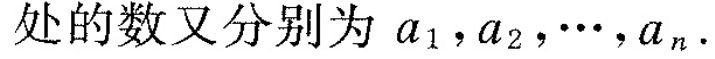
处的数又分别为a_{1}，a_{2}，…，a_{n}.